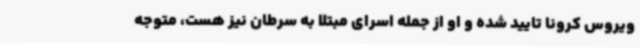
ویروس کرونا تایید شده و او از جمله اسرای مبتلا به سرطان نیز هست، متوجه